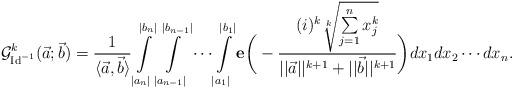
LaTeX: \begin{align*}\mathcal{G}^k_{\mathrm{Id}^{-1}}(\vec{a};\vec{b})=\frac{1}{\langle \vec{a},\vec{b}\rangle}\int \limits_{|a_n|}^{|b_n|} \int \limits_{|a_{n-1}|}^{|b_{n-1}|}\cdots \int \limits_{|a_1|}^{|b_1|}\mathbf{e}\bigg(-\frac{(i)^k\sqrt[k]{\sum \limits_{j=1}^{n}x^k_j}}{||\vec{a}||^{k+1}+||\vec{b}||^{k+1}}\bigg)dx_1dx_2\cdots dx_n. \end{align*}